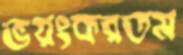
ভয়ংকরতম